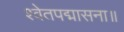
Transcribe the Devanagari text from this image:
श्वेतपद्मासना॥